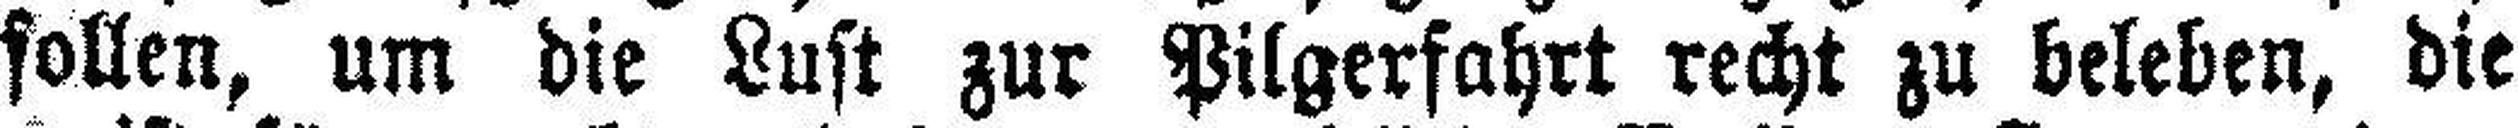
sollen, um die Lust zur Pilgerfahrt recht zu beleben, die